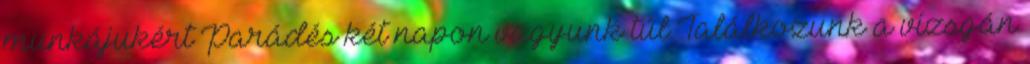
munkájukért Parádés két napon vagyunk túl Találkozunk a vizsgán